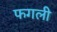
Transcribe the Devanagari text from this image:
फगली